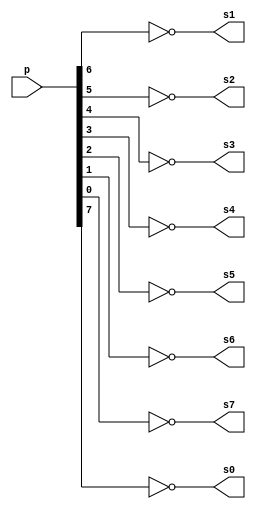
// -------------------------
// Ex0006
// Nome: Bernardo Augusto Godinho de Oliveira
// -------------------------

module gate (output s0, output s1, output s2, output s3, output s4, output s5, output s6, output s7,
                         input  [7:0] p);
assign s0 =  ~p[7];
assign s1 =  ~p[6];
assign s2 =  ~p[5];
assign s3 =  ~p[4];
assign s4 =  ~p[3];
assign s5 =  ~p[2];
assign s6 =  ~p[1];
assign s7 =  ~p[0];
endmodule // gate

module test_base_01;
      reg [7:0] a;
		wire s0;
		wire s1;
		wire s2;
		wire s3;
		wire s4;
		wire s5;
		wire s6;
		wire s7;
		gate XOR1 (s0,s1,s2,s3,s4,s5,s6,s7, a);
		
		initial begin:start
		a=8'b11111111;   // 4 valores binarios
		
		
   	end
		
		initial begin:main
		
		         $monitor("%b = %b%b%b%b%b%b%b%b", a, s0,s1,s2,s3,s4,s5,s6,s7);
		  #1     a=8'b00000100; // valores binarios
		end
endmodule